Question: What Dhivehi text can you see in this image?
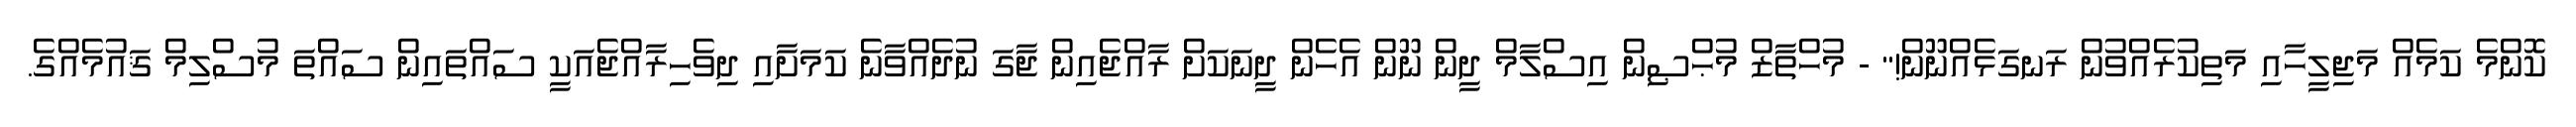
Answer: ކޮންމެ ކަމެއް މަޖިލީހާއި މަތިކުރެއްވުން ރަނގަޅެއްނޫން!" - މުހްތާޒް މުޙްޞިން އިސްލާމް ދީން ނޫން އެހެން ދީނަކަށް ރާއްޖެއިން ޖާގަ ނުދެއްވާނެ ކަމަށާއި ދިވެހިރާއްޖެއަކީ ސައްތައިން ސައްތަ މުސްލިމް ޤައުމެއްގެ.